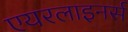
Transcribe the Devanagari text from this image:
एयरलाइनर्स